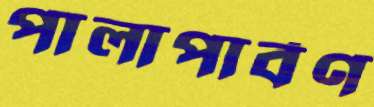
পালাপার্বণ